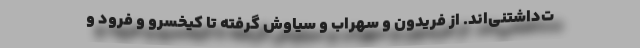
ت‌داشتنی‌اند. از فریدون و سهراب و سیاوش گرفته تا کیخسرو و فرود و